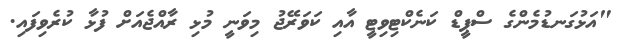
"އަޅުގަނޑުމެންގެ ސްޕީޑް ކަނެކްޓިވިޓީ އާއި ކަވަރޭޖު މިވަނީ މުޅި ރާއްޖެއަށް ފުޅާ ކުރެވިފައި.